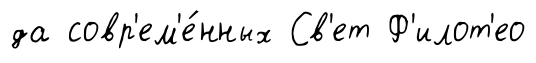
да совр'ем'е́нных Св'ет Ф'илот'ео